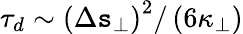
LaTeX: \tau_{d}\sim\left(\Delta\mathtt{s}_{\perp}\right)^{2}/\left(6\kappa_{\perp}\right)